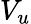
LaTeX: V_{u}